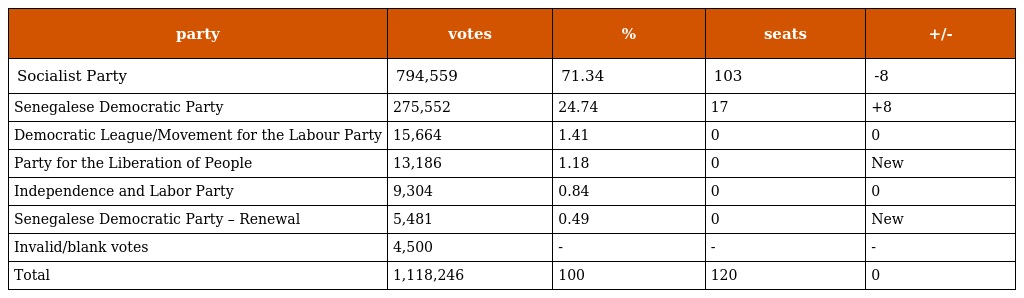
| party | votes | % | seats | +/- |
 | --- | --- | --- | --- | --- |
 | Socialist Party | 794,559 | 71.34 | 103 | -8 |
 | Senegalese Democratic Party | 275,552 | 24.74 | 17 | +8 |
 | Democratic League/Movement for the Labour Party | 15,664 | 1.41 | 0 | 0 |
 | Party for the Liberation of People | 13,186 | 1.18 | 0 | New |
 | Independence and Labor Party | 9,304 | 0.84 | 0 | 0 |
 | Senegalese Democratic Party – Renewal | 5,481 | 0.49 | 0 | New |
 | Invalid/blank votes | 4,500 | - | - | - |
 | Total | 1,118,246 | 100 | 120 | 0 |